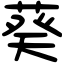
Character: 葵